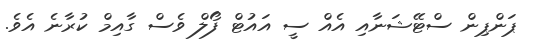
ޕަންޕިން ސްޓޭޝަނާއި އެއް ސީ އައުޓް ފޯލް ވެސް ގާއިމް ކުރާނެ އެވެ.